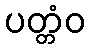
ပတ္တံဝ